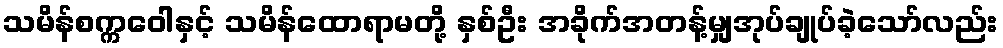
သမိန်စက္ကဝေါနှင့် သမိန်ထောရာမတို့ နှစ်ဦး အခိုက်အတန့်မျှအုပ်ချုပ်ခဲ့သော်လည်း